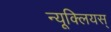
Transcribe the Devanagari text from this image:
न्यूक्लियस्